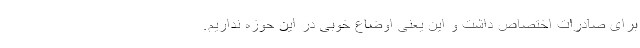
برای صادرات اختصاص داشت و این یعنی اوضاع خوبی در این حوزه نداریم.